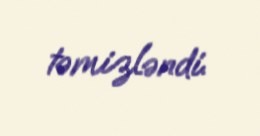
təmizləndi.